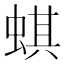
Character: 蜞